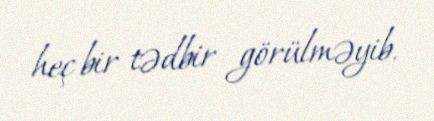
heç bir tədbir görülməyib.